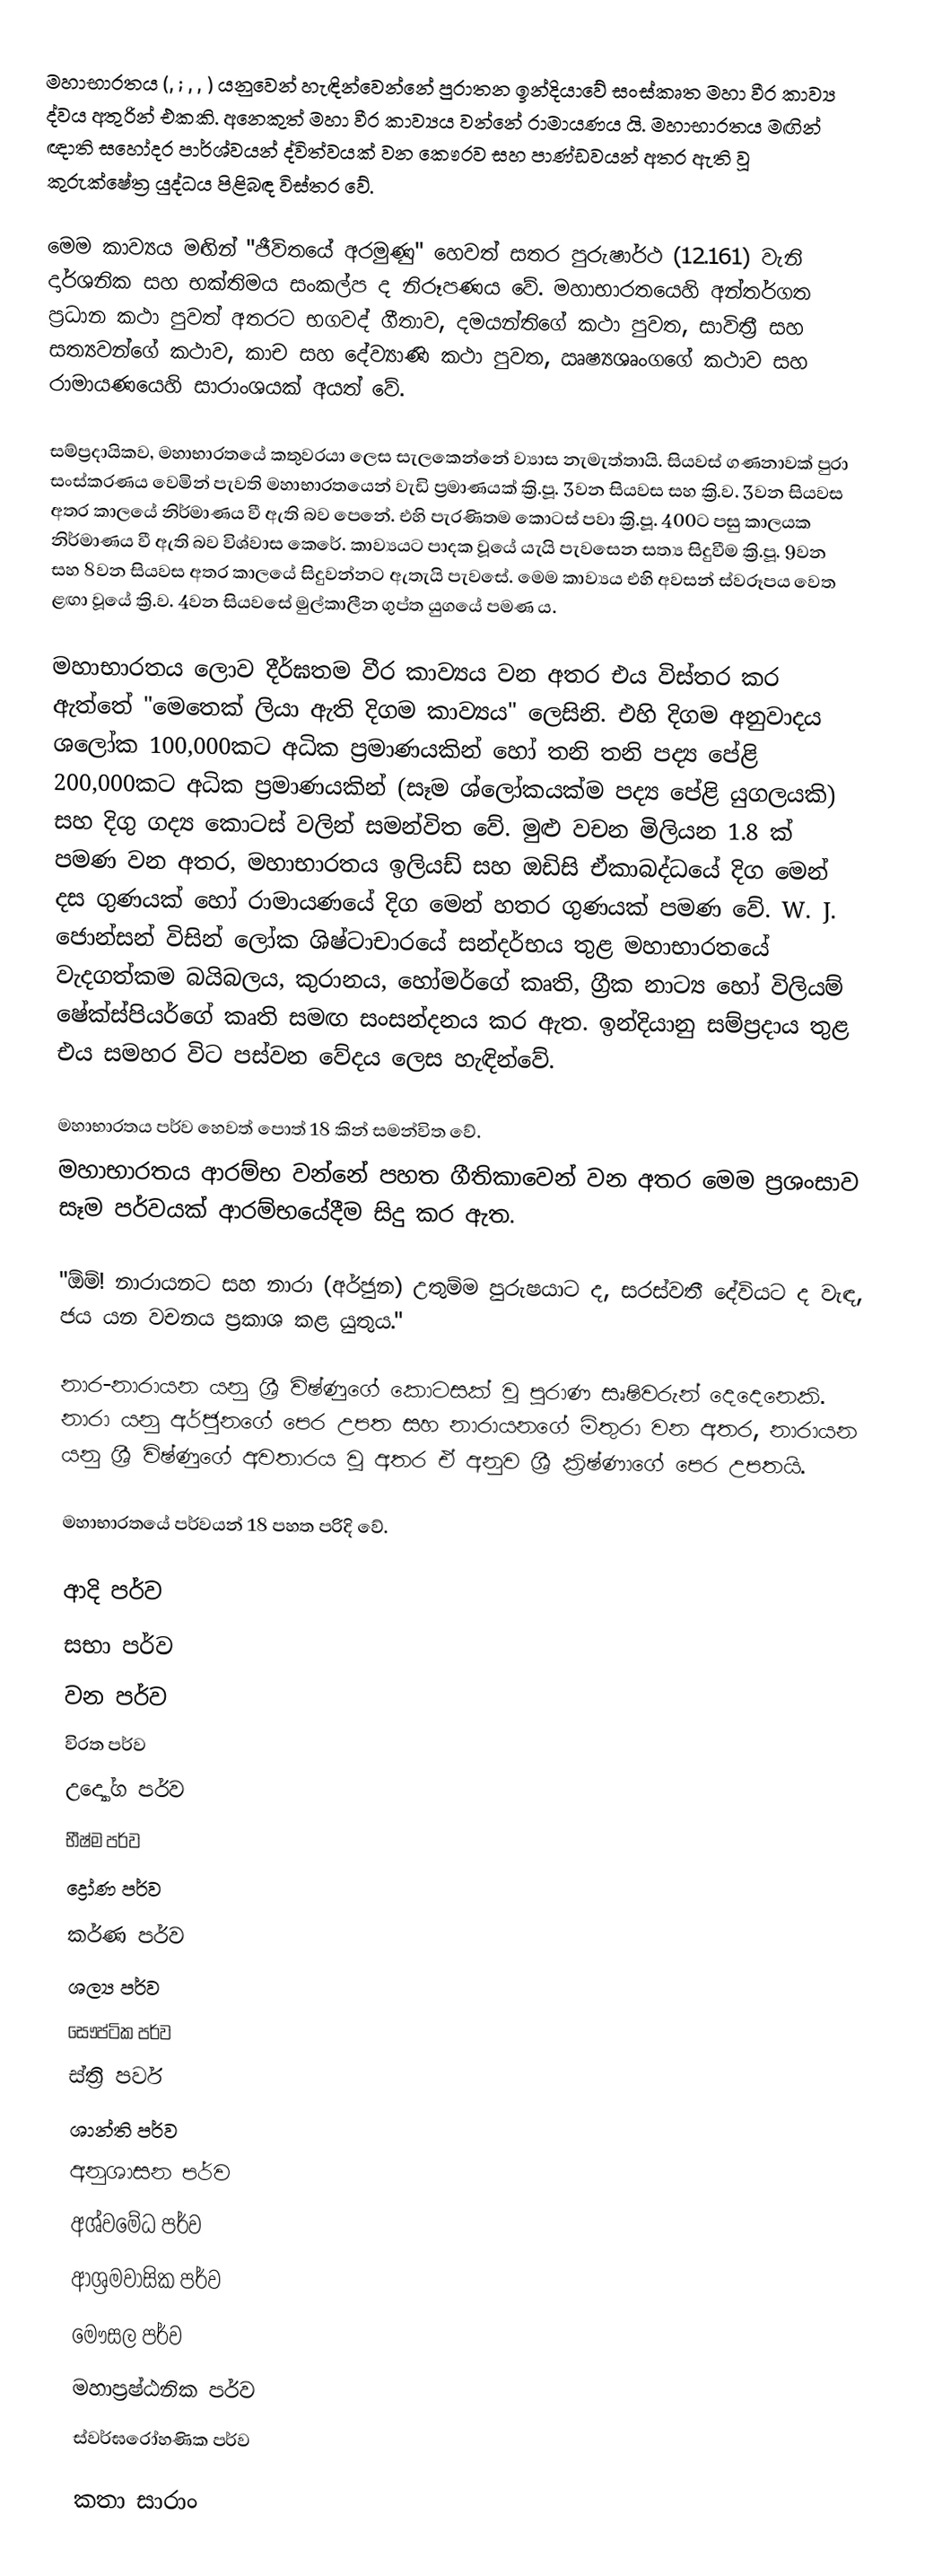
මහාභාරතය (, ; , , ) ‍යනුවෙන් හැඳින්වෙන්නේ පුරාතන ඉන්දියාවේ සංස්කෘත මහා වීර කාව්‍ය ද්වය අතුරින් එකකි. අනෙකුත් මහා වීර කාව්‍යය වන්නේ රාමායණය යි. මහාභාරතය මඟින් ඥාති සහෝදර පාර්ශ්වයන් ද්විත්වයක් වන කෞරව සහ පාණ්ඩවයන් අතර ඇති වූ කුරුක්ෂේත්‍ර යුද්ධය පිළිබඳ විස්තර වේ.

මෙම කාව්‍යය මඟින් "ජීවිතයේ අරමුණු" හෙවත් සතර පුරුෂාර්ථ (12.161) වැනි දාර්ශනික සහ භක්තිමය සංකල්ප ද නිරූපණය වේ. මහාභාරතයෙහි අන්තර්ගත ප්‍රධාන කථා පුවත් අතරට භගවද් ගීතාව, දමයන්තිගේ කථා පුවත, සාවිත්‍රී සහ සත්‍යවන්ගේ කථාව, කාච සහ දේව්‍යාණි කථා පුවත, ඍෂ්‍යශෘංගගේ කථාව සහ රාමායණයෙහි සාරාංශයක් අයත් වේ.

සම්ප්‍රදායිකව, මහාභාරතයේ කතුවරයා ලෙස සැලකෙන්නේ ව්‍යාස නැමැත්තායි. සියවස් ගණනාවක් පුරා සංස්කරණය වෙමින් පැවති මහාභාරතයෙන් වැඩි ප්‍රමාණයක් ක්‍රි.පූ. 3වන සියවස සහ ක්‍රි.ව. 3වන සියවස අතර කාලයේ නිර්මාණය වී ඇති බව පෙනේ. එහි පැරණිතම කොටස් පවා ක්‍රි.පූ. 400ට පසු කාලයක නිර්මාණය වී ඇති බව විශ්වාස කෙරේ. කාව්‍යයට පාදක වූයේ යැයි පැවසෙන සත්‍ය සිදුවීම ක්‍රි.පූ. 9වන සහ 8වන සියවස අතර කාලයේ සිදුවන්නට ඇතැයි පැවසේ. මෙම කාව්‍යය එහි අවසන් ස්වරූපය වෙත ළඟා වූයේ ක්‍රි.ව. 4වන සියවසේ මුල්කාලීන ගුප්ත යුගයේ පමණ ය.

මහාභාරතය ලොව දීර්ඝතම වීර කාව්‍යය වන අතර එය විස්තර කර ඇත්තේ "මෙතෙක් ලියා ඇති දිගම කාව්‍යය" ලෙසිනි. එහි දිගම අනුවාදය ශලෝක 100,000කට අධික ප්‍රමාණයකින් හෝ තනි තනි පද්‍ය පේළි 200,000කට අධික ප්‍රමාණයකින් (සෑම ශ්ලෝකයක්ම පද්‍ය පේළි යුගලයකි) සහ දිගු ගද්‍ය කොටස් වලින් සමන්විත වේ. මුළු වචන මිලියන 1.8 ක් පමණ වන අතර, මහාභාරතය ඉලියඩ් සහ ඔඩිසි ඒකාබද්ධයේ දිග මෙන් දස ගුණයක් හෝ රාමායණයේ දිග මෙන් හතර ගුණයක් පමණ වේ. W. J. ජොන්සන් විසින් ලෝක ශිෂ්ටාචාරයේ සන්දර්භය තුළ මහාභාරතයේ වැදගත්කම බයිබලය, කුරානය, හෝමර්ගේ කෘති, ග්‍රීක නාට්‍ය හෝ විලියම් ෂේක්ස්පියර්ගේ කෘති සමඟ සංසන්දනය කර ඇත. ඉන්දියානු සම්ප්‍රදාය තුළ එය සමහර විට පස්වන වේදය ලෙස හැඳින්වේ.

මහාභාරතය පර්ව හෙවත් පොත් 18 කින් සමන්විත වේ.
මහාභාරතය ආරම්භ වන්නේ පහත ගීතිකාවෙන් වන අතර මෙම ප්‍රශංසාව සෑම පර්වයක් ආරම්භයේදීම සිදු කර ඇත.

"ඕම්! නාරායනට සහ නාරා (අර්ජුන) උතුම්ම පුරුෂයාට ද, සරස්වතී දේවියට ද වැඳ, ජය යන වචනය ප්‍රකාශ කළ යුතුය."

නාර-නාරායන යනු ශ්‍රී විෂ්ණුගේ කොටසක් වූ පුරාණ සෘෂිවරුන් දෙදෙනෙකි. නාරා යනු අර්ජුනගේ පෙර උපත සහ නාරායනගේ මිතුරා වන අතර, නාරායන යනු ශ්‍රී විෂ්ණුගේ අවතාරය වූ අතර ඒ අනුව ශ්‍රී ක්‍රිෂ්ණාගේ පෙර උපතයි.

මහාභාරතයේ පර්වයන් 18 පහත පරිදි වේ.

 ආදි පර්ව
 සභා පර්ව
 වන පර්ව
 විරත පර්ව
 උද්‍යෝග පර්ව
 භීෂ්ම පර්ව
 ද්‍රෝණ පර්ව
 කර්ණ පර්ව
 ශල්‍ය පර්ව
 සෞප්ටික පර්ව
 ස්ත්‍රි පර්ව
 ශාන්ති පර්ව
 අනුශාසන පර්ව
 අශ්වමේධ පර්ව
 ආශ්‍රමවාසික පර්ව
 මෞසල පර්ව
 මහාප්‍රෂ්ඨනික පර්ව
 ස්වර්ඝරෝහණික පර්ව

කතා සාරාං